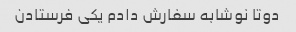
دوتا نوشابه سفارش دادم یکی فرستادن